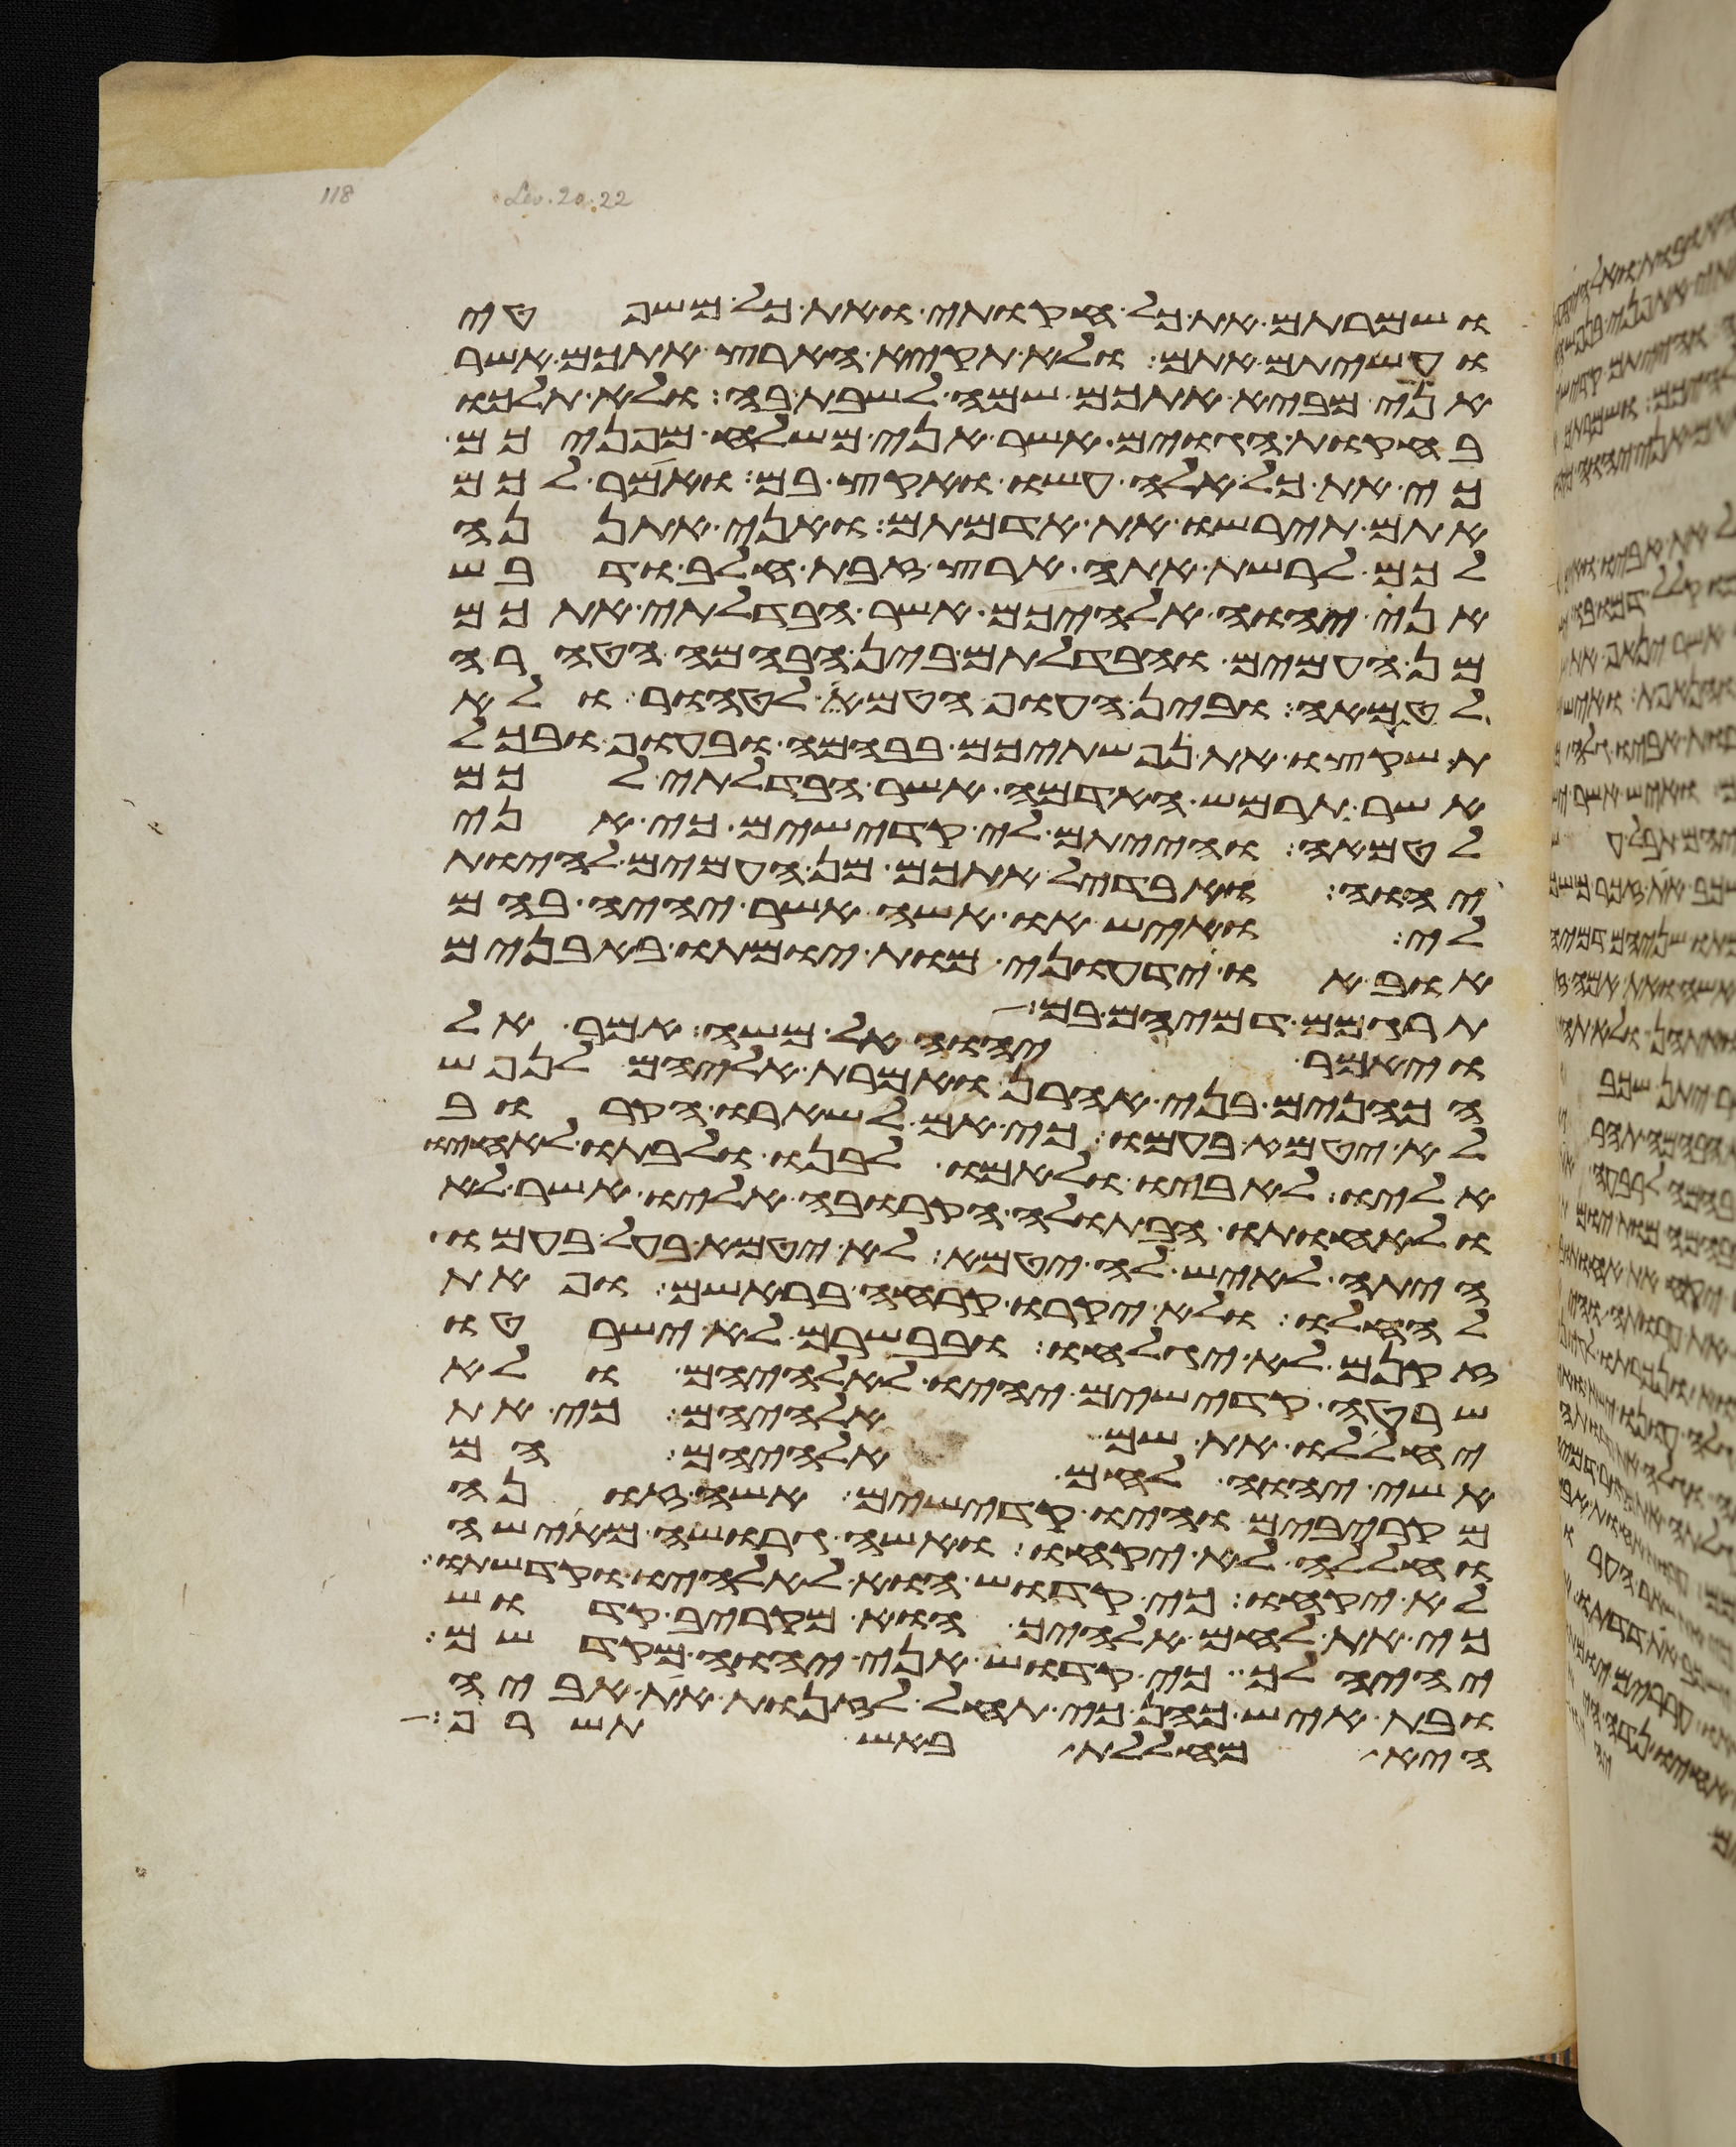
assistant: ושמרתם את כל חקותי ואת כל משפטי
ועשיתם אתם ולא תקיא הארץ אתכם אשר
אני מביא אתכם שמה לשבת בה ולא תלכו
בחקות הגוים אשר אני משלח מפניכם
כי את כל אלה עשו ואקץ בם ואמר לכם
אתם תירשו את אדמתם ואני אתננה
לכם לרשת אתה ארץ זבת חלב ודבש
אני יהוה אלהיכם אשר הבדלתי אתכם
מן העמים והבדלתם בין הבהמה הטהרה
לטמאה ובין העוף הטמא לטהור ולא
תשקצו את נפשתיכם בבהמה ובעוף ובכל
אשר תרמש האדמה אשר הבדלתי לכם
לטמאה והייתם לי קדישים כי אני
יהוה ואבדיל אתכם מן העמים להיות
לי ואיש או אשה אשר יהיה בהם
אוב או ידעוני מות יומתו באבנים
תרגמום דמיהם בם
ויאמר יהוה אל משה אמר אל
הכהנים בני אהרן ואמרת אליהם לנפש
לא יטמא בעמו כי אם לשארו הקרוב
אליו לאביו ולאמו לבנו ולבתו לאחיו
ולאחותו הבתולה הקרובה אליו אשר לא
היתה לאיש לה יטמא לא יטמא בעל בעמו
להחלו ולא יקרחו קרחה בראשם ופאת
זקנם לא יגלחו ובבשרם לא ישרטו
שרטה קדישים יהיו לאלהיהם ולא
יחללו את שם אלהיהם כי את
אשי יהוה לחם אלהיהם הם
מקרבים והיו קדישים אשה זונה
וחללה לא יקחו ואשה גרושה מאישה
לא יקחו כי קדוש הוא לאלהיו וקדשתו
כי את לחם אלהיך הוא מקריב קדוש
יהיה לך כי קדוש אני יהוה מקדשם
ובת איש כהן כי תחל לזנות את אביה
היא מחללת באש תשרף